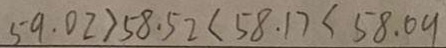
5 9 . 0 2 > 5 8 . 5 2 < 5 8 . 1 7 < 5 8 . 0 9